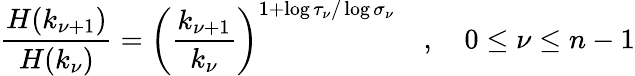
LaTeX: \frac{H(k_{\nu+1})}{H(k_{\nu})}=\left(\frac{k_{\nu+1}}{k_{\nu}}\right)^{1+\log\tau_{\nu}/\log\sigma_{\nu}}\quad,\quad 0\leq\nu\leq n-1